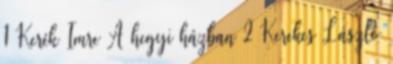
1 Kerék Imre A hegyi házban 2 Kerekes László